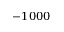
- 1 0 0 0